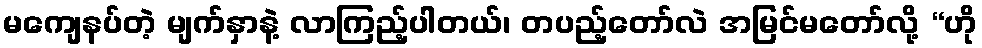
မကျေနပ်တဲ့ မျက်နှာနဲ့ လာကြည့်ပါတယ်၊ တပည့်တော်လဲ အမြင်မတော်လို့ “ဟို